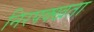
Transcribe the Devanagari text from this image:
निरपक्खता